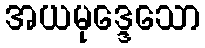
အယမုဒ္ဒေသော